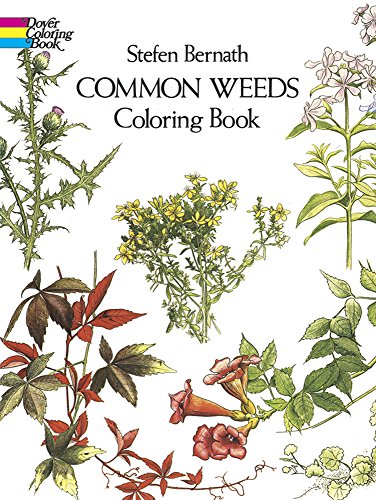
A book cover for Common Weeds: Coloring Book; Stefen Bernath; Children's Books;